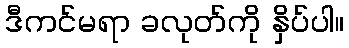
ဒီကင်မရာ ခလုတ်ကို နှိပ်ပါ။